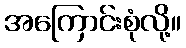
အကြောင်းစုံလို့။